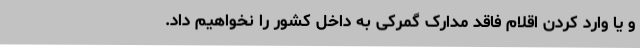
و یا وارد کردن اقلام فاقد مدارک گمرکی به داخل کشور را نخواهیم داد.